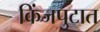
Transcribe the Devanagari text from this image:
किंजपुटात